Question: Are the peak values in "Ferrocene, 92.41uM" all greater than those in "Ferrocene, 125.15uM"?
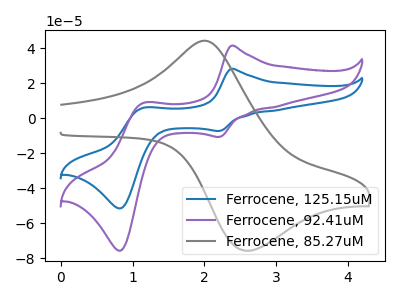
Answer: <think>The blue curve "Ferrocene, 125.15uM" has anodic peaks at (2.35V, 28.20uA) (1.15V, 5.95uA) and cathodic peaks at (2.20V, -7.30uA) (0.85V, -51.55uA). The purple curve "Ferrocene, 92.41uM" has anodic peaks at (2.35V, 41.40uA) (1.15V, 8.75uA) and cathodic peaks at (2.20V, -10.70uA) (0.85V, -75.70uA). The gray curve "Ferrocene, 85.27uM" has an anodic peak at (2.05V, 43.95uA) and a cathodic peak at (2.60V, -75.80uA).</think>
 <answer>Every peak in "Ferrocene, 92.41uM" is higher than every peak in "Ferrocene, 125.15uM".</answer>
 <eval>higher</eval>